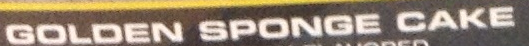
GOLDEN SPONGE CAKE